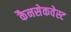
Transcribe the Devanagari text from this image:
कैनसेकवेस्ट